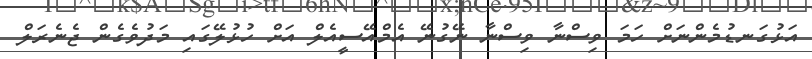
އަޅުގަނޑުމެންނަށް ހަމަ ވިސްނާ ވިސްނާ ނޭގުނޭ އެމްއޭސީއެލް އަށް ހުޅުލޭގައި މަދުވެގެން ޖެނެރަލް